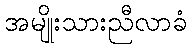
အမျိုးသားညီလာခံ